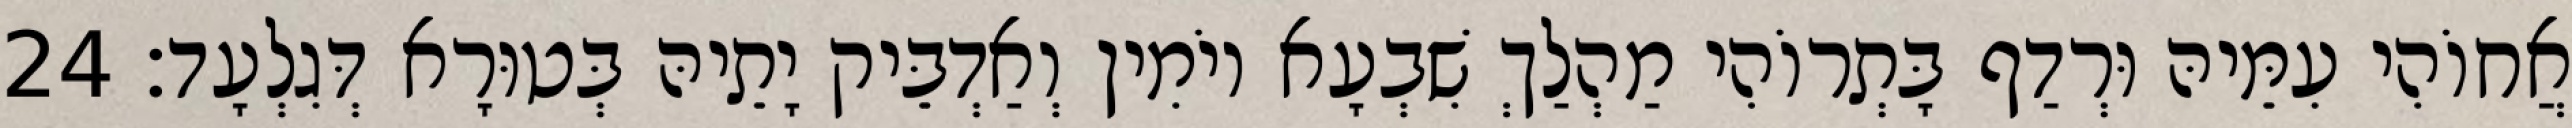
אֲחוֹהִי עִמֵּיהּ וּרְדַף בָּתְרוֹהִי מַהְלַךְ שִׁבְעָא יוֹמִין וְאַדְבֵּיק יָתֵיהּ בְּטוּרָא דְּגִלְעָד׃ 24